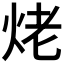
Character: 𮳥